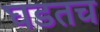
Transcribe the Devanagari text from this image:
घडतच